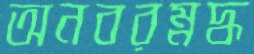
অনবরম্নদ্ধ